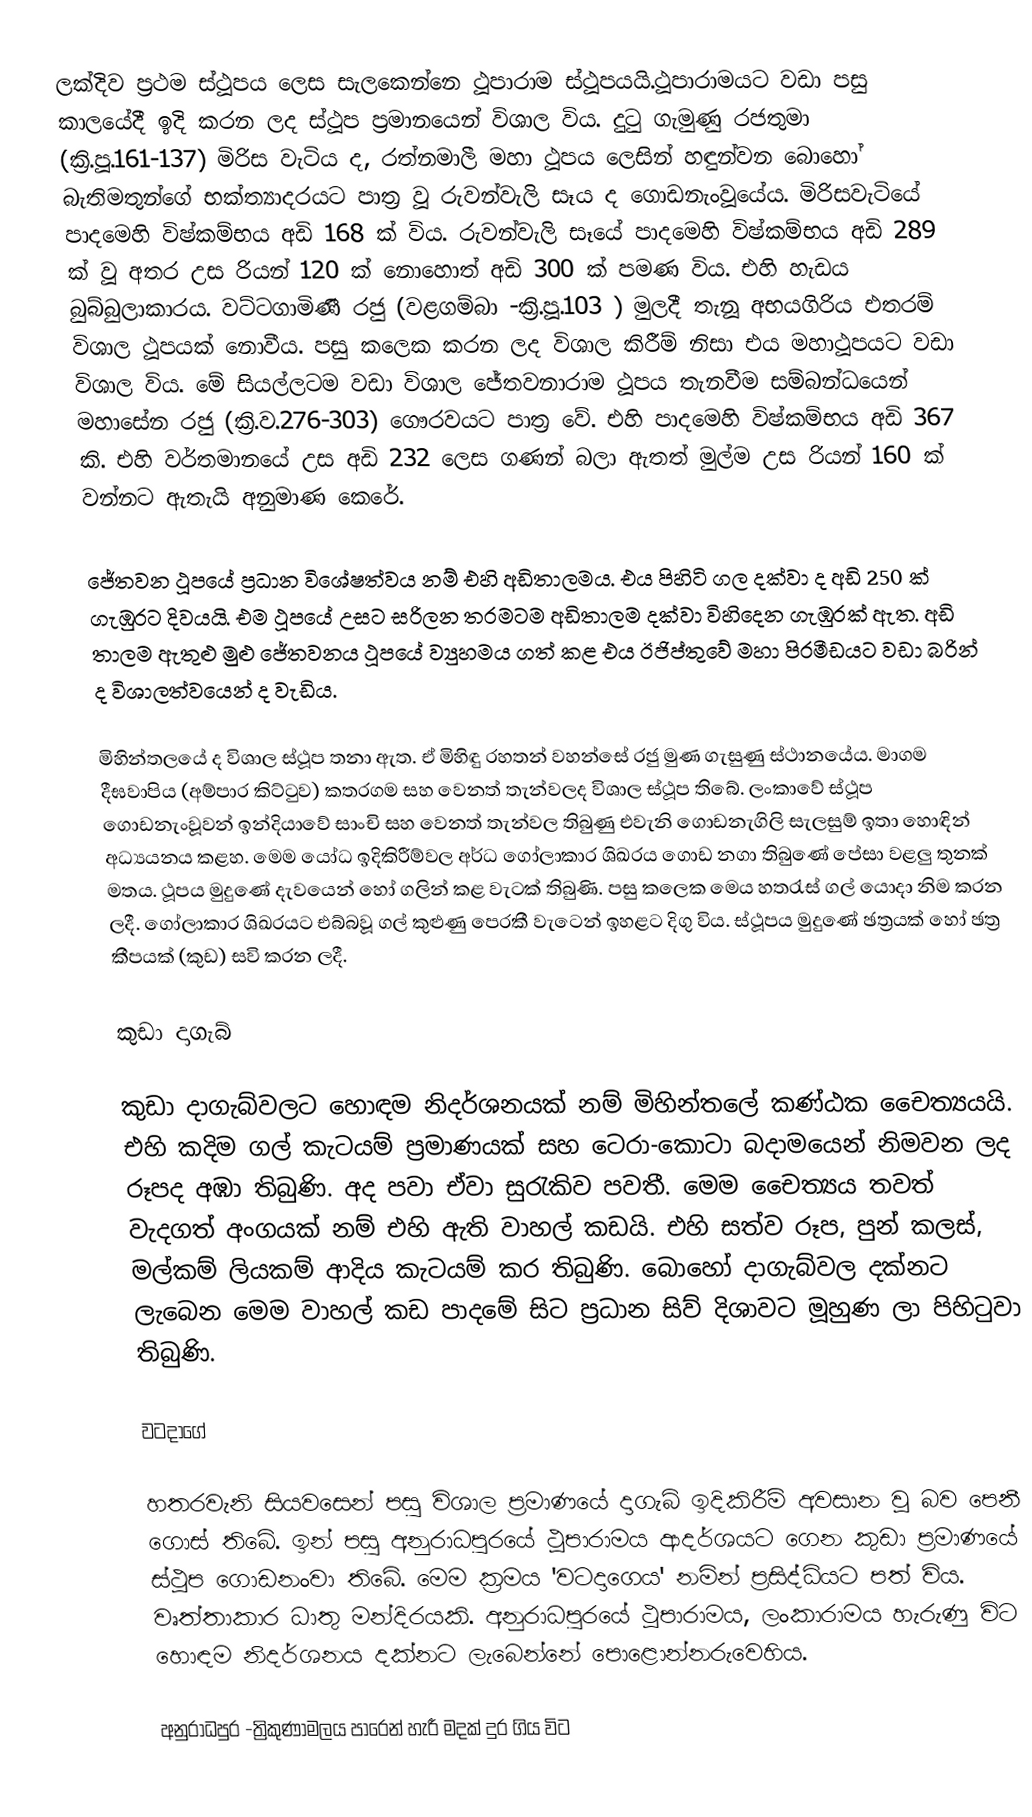
ලක්දිව ප්‍රථම ස්ථූපය ලෙස සැලකෙන්නෙ ථූපාරාම ස්ථූපයයි.ථූපාරාමයට වඩා පසු කාලයේදී ඉදි කරන ලද ස්ථූප ප්‍රමානයෙන් විශාල විය. දුටු ගැමුණු රජතුමා (ක්‍රි.පූ.161-137) මිරිස වැටිය ද, රත්නමාලී මහා ථූපය ලෙසින් හඳුන්වන බොහෝ බැතිමතුන්ගේ භක්ත්‍යාදරයට පාත්‍ර වූ රුවන්වැලි සෑය ද ගොඩනැංවූයේය. මිරිසවැටියේ පාද‍මෙහි විෂ්කම්භය අඩි 168 ක් විය. රුවන්වැලි සෑයේ පාදමෙහි විෂ්කම්භය අඩි 289 ක් වූ අතර උස රියන් 120 ක් නොහොත් අඩි 300 ක් පමණ විය. එහි හැඩය බුබ්බුලාකාරය. වට්ටගාමිණී රජු (වළගම්බා -ක්‍රි.පූ.103 ) මුලදී තැනූ අභයගිරිය එතරම් විශාල ථූපයක් නොවීය. පසු කලෙක කරන ලද විශාල කිරීම් නිසා එය මහාථූපයට වඩා විශාල විය. මේ සියල්ලටම වඩා විශාල ජේතවනාරාම ථූපය තැනවීම සම්බන්ධයෙන් මහාසේන රජු (ක්‍රි.ව.276-303) ගෞරවයට පාත්‍ර වේ. එහි පාදමෙහි විෂ්කම්භය අඩි 367 කි. එහි වර්තමානයේ උස අඩි 232 ලෙස ගණන් බලා ඇතත් මුල්ම උස රියන් 160 ක් වන්නට ඇතැයි අනුමාණ කෙරේ.

ජේතවන ථූපයේ ප්‍රධාන විශේෂත්වය නම් එහි අඩිතාලමය. එය පිහිටි ගල දක්වා ද අඩි 250 ක් ගැඹුරට දිවයයි. එම ථූපයේ උසට සරිලන තරමටම අඩිතාලම දක්වා විහිදෙන ගැඹුරක් ඇත. අඩි තාලම ඇතුළු මුළු ජේතවනය ථූපයේ ව්‍යුහමය ගත් කළ එය ඊජිප්තුවේ මහා පිරමීඩයට වඩා බරින් ද විශාලත්වයෙන් ද වැඩිය.

මිහින්තලයේ ද විශාල ස්ථූප තනා ඇත. ඒ මිහිඳු රහතන් වහන්සේ රජු මුණ ගැසුණු ස්ථානයේය. මාගම දීඝවාපිය (අම්පාර කිට්ටුව) කතරගම සහ වෙනත් තැන්වලද විශාල ස්ථූප තිබේ. ලංකාවේ ස්ථූප ගොඩනැංවූවන් ඉන්දියාවේ සාංචි සහ වෙනත් තැන්වල තිබුණු එවැනි ගොඩනැගිලි සැලසුම් ඉතා හොඳින් අධ්‍යයනය කළහ. මෙම යෝධ ඉදිකිරීම්වල අර්ධ ගෝලාකාර ශිඛරය ගොඩ නගා තිබුණේ පේසා වළලු තුනක් මතය. ථූපය මුදුණේ දැවයෙන් හෝ ගලින් කළ වැටක් තිබුණි. පසු කලෙක මෙය හතරැස් ගල් යොදා නිම කරන ලදී. ගෝලාකාර ශිඛරයට එබ්බවූ ගල් කුළුණු පෙරකී වැටෙන් ඉහළට දිගු විය. ස්ථූපය මුදුණේ ඡත්‍රයක් හෝ ඡත්‍ර කීපයක් (කුඩ) සවි කරන ලදී.

කුඩා දාගැබ්

කුඩා දාගැබ්වලට හොඳම නිදර්ශනයක් නම් මිහින්තලේ කණ්ඨක චෛත්‍යයයි. එහි කදිම ගල් කැටයම් ප්‍රමාණයක් සහ ටෙරා-කොටා බදාමයෙන් නිමවන ලද රූපද අඹා තිබුණි. අද පවා ඒවා සුරැකිව පවතී. මෙම චෛත්‍යය තවත් වැදගත් අංගයක් නම් එහි ඇති වාහල් කඩයි. එහි සත්ව රූප, පුන් කලස්, මල්කම් ලියකම් ආදිය කැටයම් කර තිබුණි. බොහෝ දාගැබ්වල දක්නට ලැබෙන මෙම වාහල් කඩ පාදමේ සිට ප්‍රධාන සිව් දිශාවට මූහුණ ලා පිහිටුවා තිබුණි.

වටදාගේ

හතරවැනි සියවසෙන් පසු විශාල ප්‍රමාණයේ දාගැබ් ඉදිකිරීම් අවසාන වූ බව පෙනී ගොස් තිබේ. ඉන් පසු අනුරාධපුරයේ ථූපාරාමය ආදර්ශයට ගෙන කුඩා ප්‍රමාණයේ ස්ථූප ගොඩනංවා තිබේ. මෙම ක්‍රමය 'වටදාගෙය' නමින් ප්‍රසිද්ධියට පත් විය. වෘත්තාකාර ධාතු මන්දිරයකි. අනුරාධපුරයේ ථූපාරාමය, ලංකා‍රාමය හැරුණු විට හොඳම නිදර්ශනය දක්නට ලැබෙන්නේ පොළොන්නරුවෙහිය.

අනුරාධපුර -ත්‍රිකුණාමල‍ය පාරෙන් හැරී මදක් දුර ගිය විට